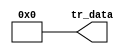
module wasca_nios2_gen2_0_cpu_nios2_oci_pib (
                                               tr_data
                                            )
;
  output  [ 35: 0] tr_data;
  wire    [ 35: 0] tr_data;
  assign tr_data = 0;
endmodule